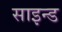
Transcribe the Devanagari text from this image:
साइन्ड